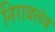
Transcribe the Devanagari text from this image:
निरावलंब